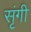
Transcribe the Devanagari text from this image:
सृंगी